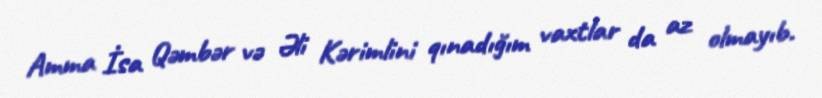
Amma İsa Qəmbər və Əli Kərimlini qınadığım vaxtlar da az olmayıb.